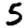
Digit: 5